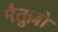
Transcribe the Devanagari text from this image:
मैतुल्लो